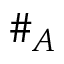
\# _ { A }